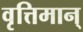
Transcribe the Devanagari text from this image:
वृत्तिमान्‌